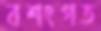
বশংগত